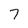
Character: 7